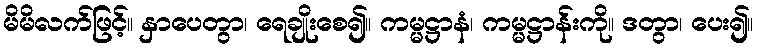
မိမိလက်ဖြင့်။ နှာပေတွာ၊ ရေချိုးစေ၍။ ကမ္မဋ္ဌာနံ၊ ကမ္မဋ္ဌာန်းကို။ ဒတွာ၊ ပေး၍။